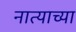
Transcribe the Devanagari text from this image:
नात्याच्या